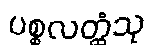
ပစ္စလတ္ထံသု